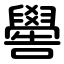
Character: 嚳